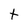
Character: t